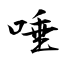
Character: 唾